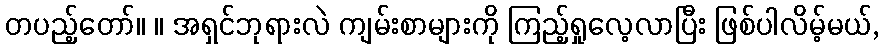
တပည့်တော်။ ။ အရှင်ဘုရားလဲ ကျမ်းစာများကို ကြည့်ရှုလေ့လာပြီး ဖြစ်ပါလိမ့်မယ်,